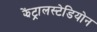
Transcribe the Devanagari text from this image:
झेंट्रालस्टेडियोन